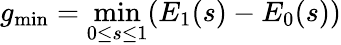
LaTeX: g_{\mathrm{min}}=\operatorname*{min}_{0\leq s\leq 1}(E_{1}(s)-E_{0}(s))